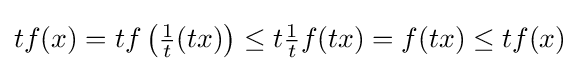
{\textstyle tf(x)=tf\left({\tfrac {1}{t}}(tx)\right)\leq t{\tfrac {1}{t}}f(tx)=f(tx)\leq tf(x)}